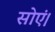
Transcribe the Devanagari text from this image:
सोएं।